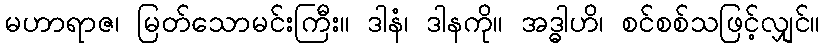
မဟာရာဇ၊ မြတ်သောမင်းကြီး။ ဒါနံ၊ ဒါနကို။ အဒ္ဓါဟိ၊ စင်စစ်သဖြင့်လျှင်။